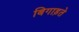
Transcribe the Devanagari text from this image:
बिगाड़ते